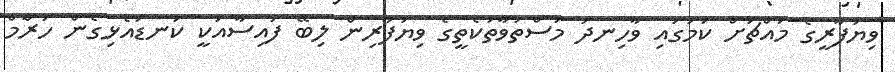
ވިޔަފާރީގެ މައްޗަށް ކަމުގައި ވާހިނދު މަސްތުވާތަކެތީގެ ވިޔަފާރިން ލިބޭ ފައިސާއަކީ ކަނޑައެޅިގެން ހަރާްމް